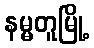
နမ္မတူမြို့